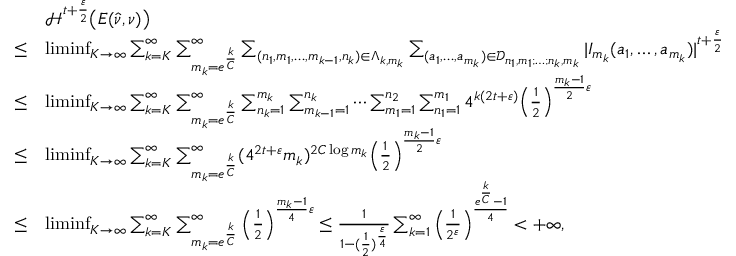
\begin{array} { r l } & { \mathcal { H } ^ { t + \frac { \varepsilon } { 2 } } \big ( E ( \hat { \nu } , \nu ) \big ) } \\ { \leq } & { \operatorname* { l i m i n f } _ { K \to \infty } \sum _ { k = K } ^ { \infty } \sum _ { m _ { k } = e ^ { \frac { k } { C } } } ^ { \infty } \sum _ { ( n _ { 1 } , m _ { 1 } , \ldots , m _ { k - 1 } , n _ { k } ) \in \Lambda _ { k , m _ { k } } } \sum _ { ( a _ { 1 } , \ldots , a _ { m _ { k } } ) \in \mathcal { D } _ { n _ { 1 } , m _ { 1 } ; \ldots ; n _ { k } , m _ { k } } } | I _ { m _ { k } } ( a _ { 1 } , \ldots , a _ { m _ { k } } ) | ^ { t + \frac { \varepsilon } { 2 } } } \\ { \leq } & { \operatorname* { l i m i n f } _ { K \to \infty } \sum _ { k = K } ^ { \infty } \sum _ { m _ { k } = e ^ { \frac { k } { C } } } ^ { \infty } \sum _ { n _ { k } = 1 } ^ { m _ { k } } \sum _ { m _ { k - 1 } = 1 } ^ { n _ { k } } \cdots \sum _ { m _ { 1 } = 1 } ^ { n _ { 2 } } \sum _ { n _ { 1 } = 1 } ^ { m _ { 1 } } 4 ^ { k ( 2 t + \varepsilon ) } \Big ( \frac { 1 } { 2 } \Big ) ^ { \frac { m _ { k } - 1 } { 2 } \varepsilon } } \\ { \leq } & { \operatorname* { l i m i n f } _ { K \to \infty } \sum _ { k = K } ^ { \infty } \sum _ { m _ { k } = e ^ { \frac { k } { C } } } ^ { \infty } ( 4 ^ { 2 t + \varepsilon } m _ { k } ) ^ { 2 C \log m _ { k } } \Big ( \frac { 1 } { 2 } \Big ) ^ { \frac { m _ { k } - 1 } { 2 } \varepsilon } } \\ { \leq } & { \operatorname* { l i m i n f } _ { K \to \infty } \sum _ { k = K } ^ { \infty } \sum _ { m _ { k } = e ^ { \frac { k } { C } } } ^ { \infty } \Big ( \frac { 1 } { 2 } \Big ) ^ { \frac { m _ { k } - 1 } { 4 } \varepsilon } \leq \frac { 1 } { 1 - ( \frac { 1 } { 2 } ) ^ { \frac { \varepsilon } { 4 } } } \sum _ { k = 1 } ^ { \infty } \Big ( \frac { 1 } { 2 ^ { \varepsilon } } \Big ) ^ { \frac { e ^ { \frac { k } { C } } - 1 } { 4 } } < + \infty , } \end{array}